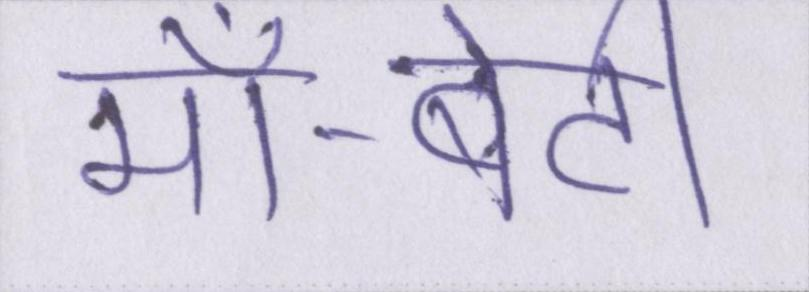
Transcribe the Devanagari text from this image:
माँ-बेटी